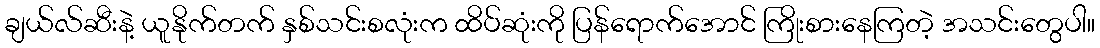
ချယ်လ်ဆီးနဲ့ ယူနိုက်တက် နှစ်သင်းစလုံးက ထိပ်ဆုံးကို ပြန်ရောက်အောင် ကြိုးစားနေကြတဲ့ အသင်းတွေပါ။